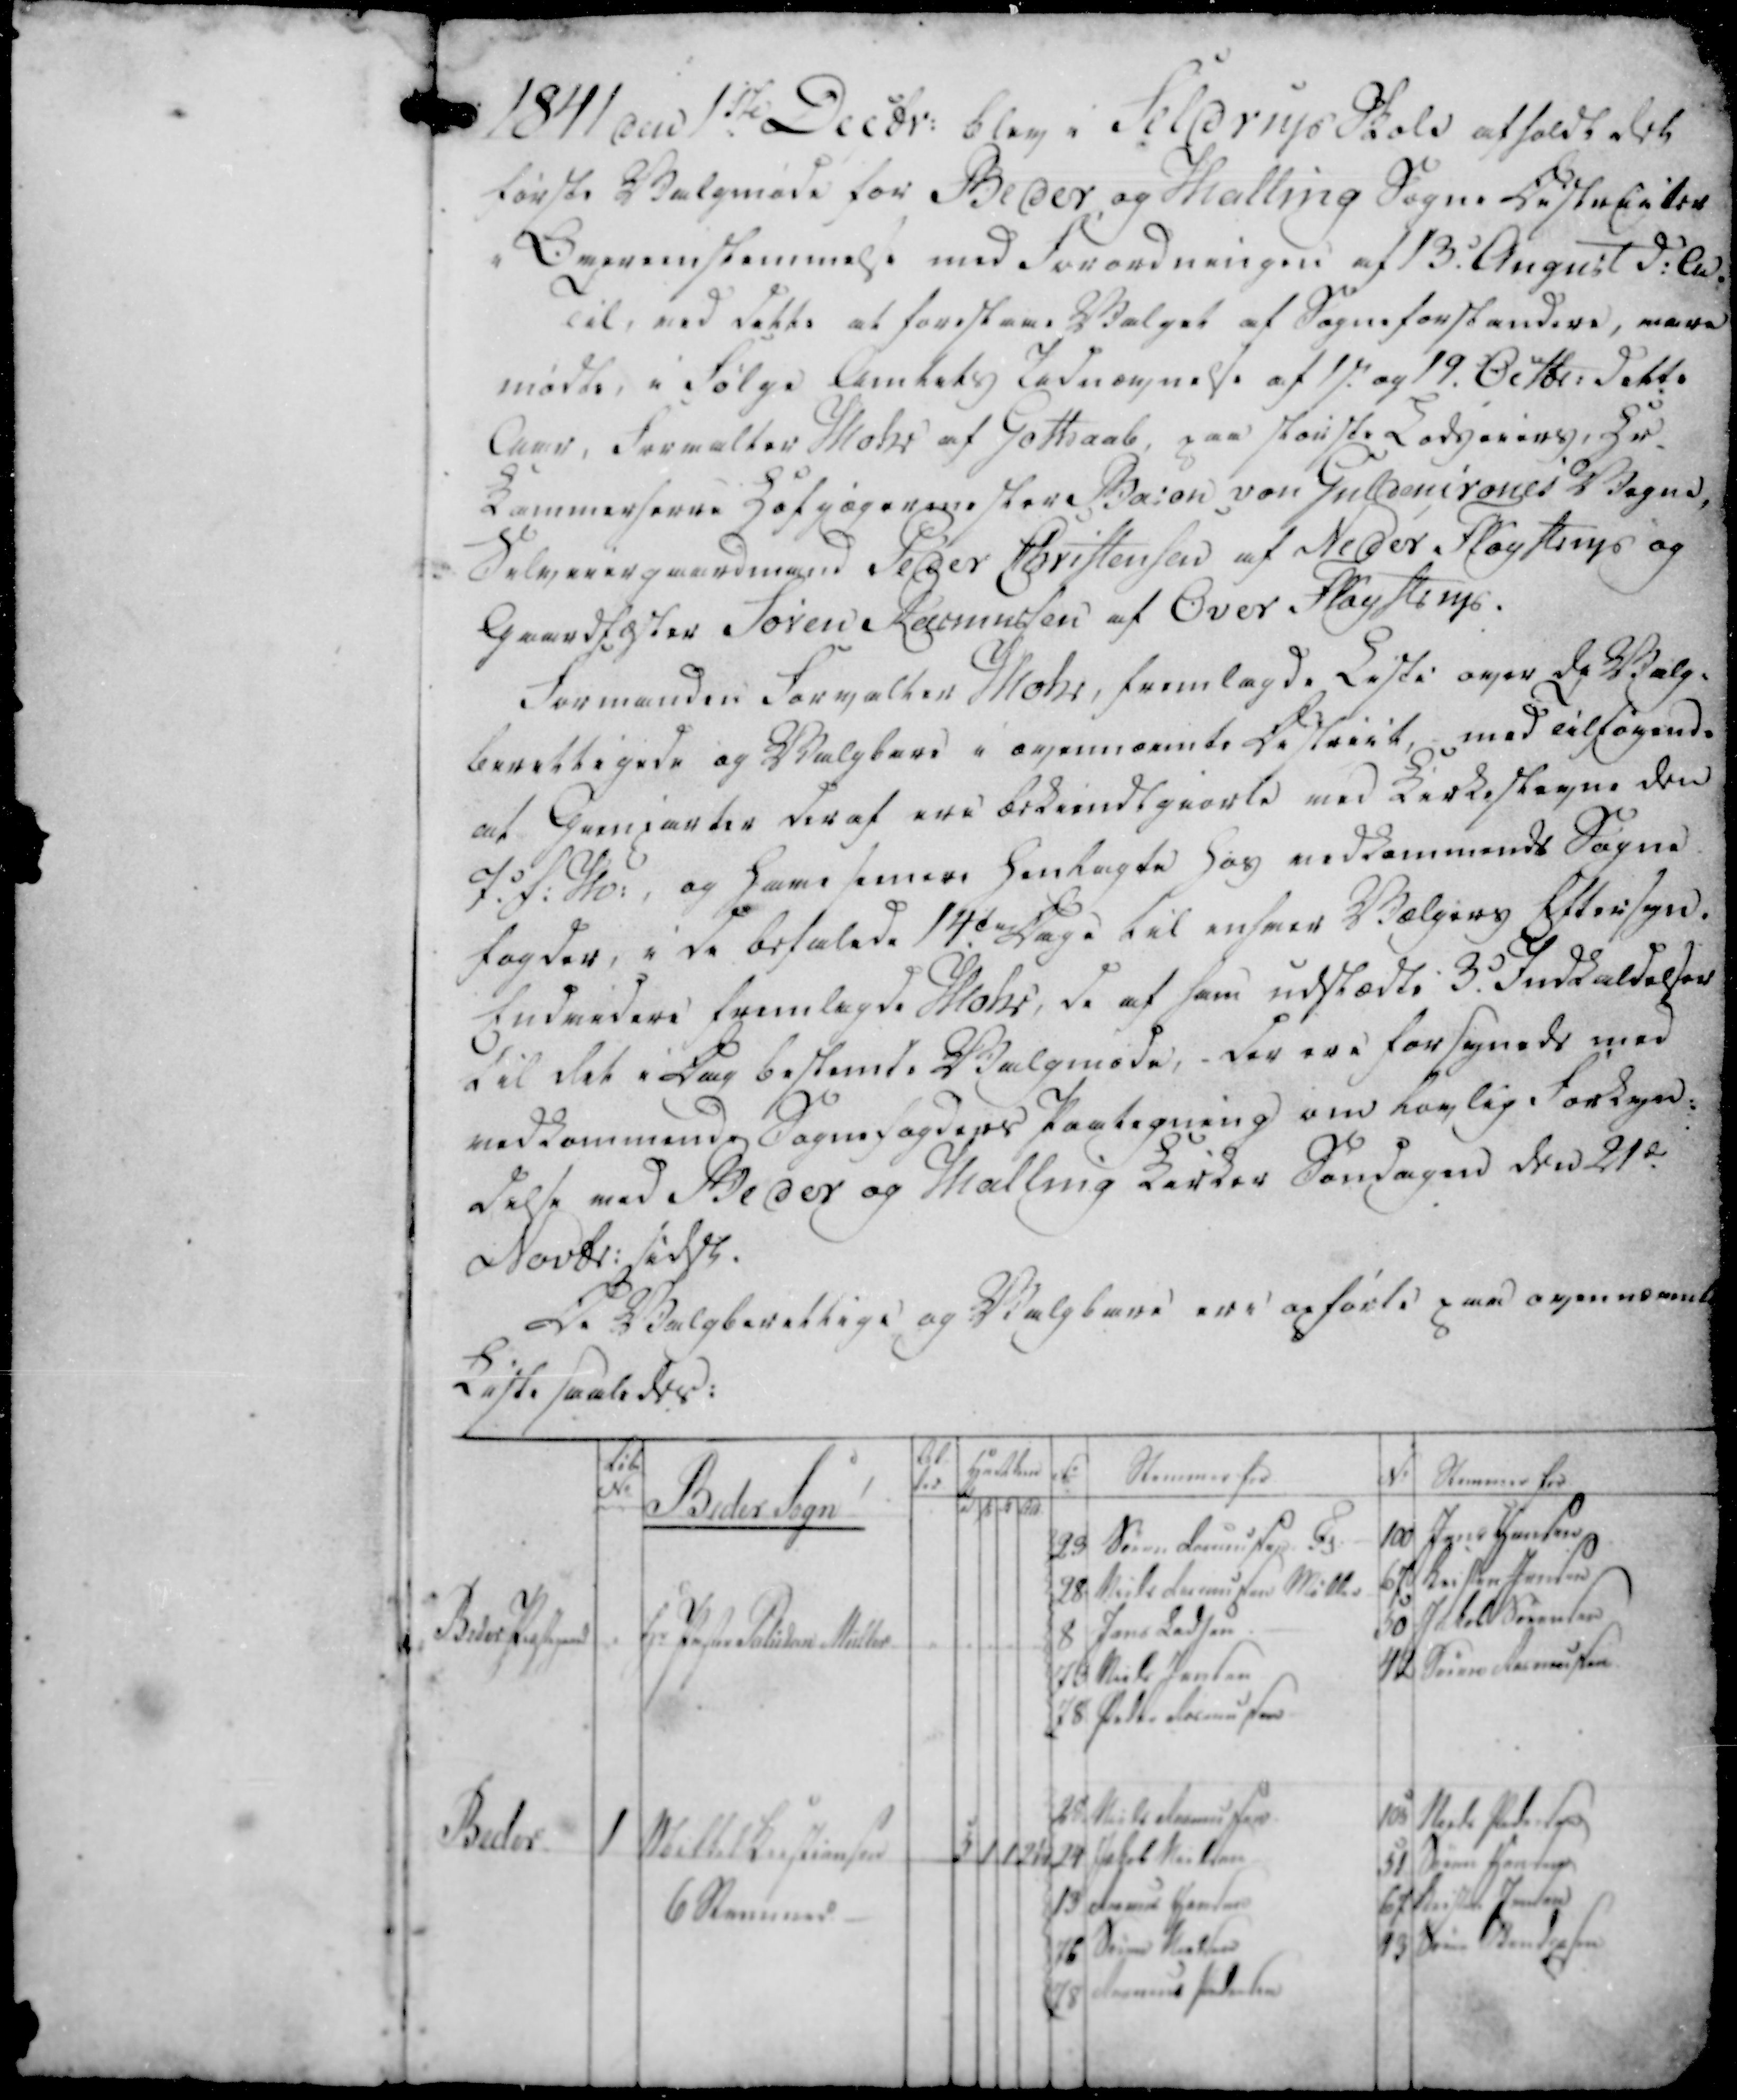
Transskription:
1841 den 1ste Decbr: blev i Seldrup Skole afholdt det 
første Valgmøde for Beder og Malling Sogne Districter
Overenstemmelse med Forordningen af 13.d August d:Aa: 
Til, ved dette at forestaae Valget af Sogneforstandere, være
mødte i Følge Amtets Lednævneste afth. og 19. Octbr: dette
Aar, Forvalter Mohr af Gothaab, paa største Lodgering, Hr.
Kammerherre Hofjægerenestere Baron von Guldencrones Vegne, 
Selvenirgaardmand Peder Christensen af Neder Fløystrup og
Gaardfæster Søren Rasmussen af Over Fløystrup.
Formanden Forvalter Mohr, fremlagde Liste over de Valg-
berettigede og Valgbare i ovennævnte District, med Tilfølgende 
af Garniveter deraf ere bekiendtgiorte med Kirkestevne den
I: S: Ho:, og Have senere Henlagte Hos vedkommende Sogne
fogder, i da befalede 14.de Dage til enhver Vælgers Eftersyn.
Endvidere fremlagde Mohr, de af som udstædte 3. Indkaldelser
til det i Dag bestemte Valgmøde, - der ere forsyned med
vedkommende Sognefogders Paaligning om komlig Forkyn-
delse med Beder og Malling Kirker Søndagen den 21de
Novbr: sidst.

De Valgberettige og Valgbare ere opførte paa ovennævnte
Liste saaledes: